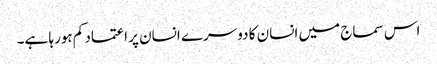
اس سماج میں انسان کا دوسرے انسان پر اعتماد کم ہورہا ہے۔